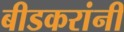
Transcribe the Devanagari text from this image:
बीडकरांनी